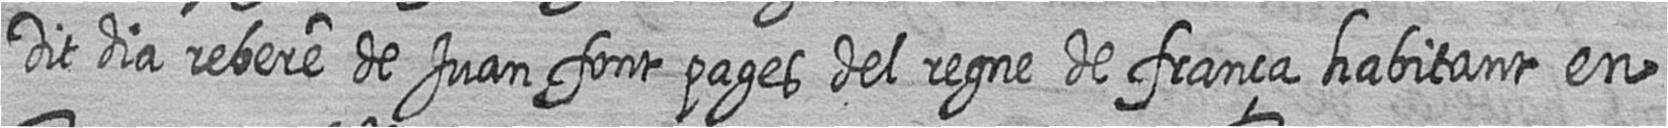
Dit dia rebere de Juan font pages del regne de frança habitant en